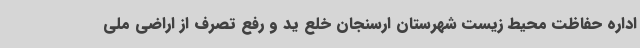
اداره حفاظت محیط زیست شهرستان ارسنجان خلع ید و رفع تصرف از اراضی ملی